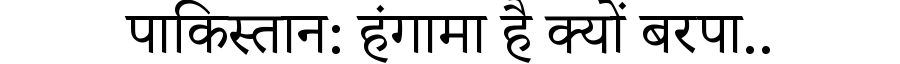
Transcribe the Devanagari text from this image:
पाकिस्तान: हंगामा है क्यों बरपा..